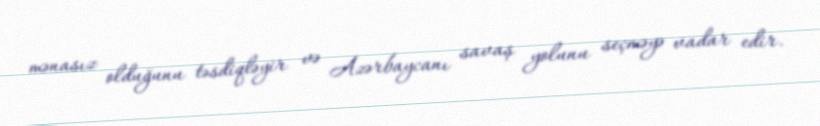
mənasız olduğunu təsdiqləyir və Azərbaycanı savaş yolunu seçməyə vadar edir.